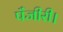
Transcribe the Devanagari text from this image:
पँजीरी।